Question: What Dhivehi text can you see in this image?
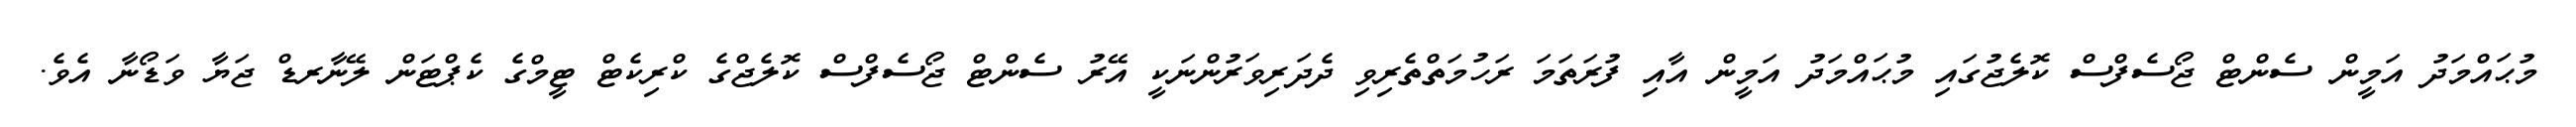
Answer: މުޙައްމަދު އަމީން ސެންޓް ޖޯސެފްސް ކޮލެޖުގައި މުޙައްމަދު އަމީން އާއި ފުރަތަމަ ރަހުމަތްތެރިވި ދެދަރިވަރުންނަކީ އޭރު ސެންޓް ޖޯސެފްސް ކޮލެޖްގެ ކްރިކެޓް ޓީމްގެ ކެޕްޓަން ލޭނާރޑް ޖަޔާ ވަޑޯނާ އެވެ.